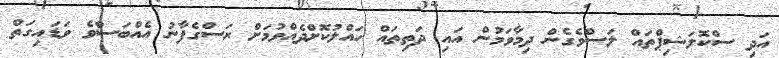
އަދި ސްކޮލަޝިޕްތައް ލަސްވެގެން ދިމާވަމުން އައި ދަތިތައް ހައްލުކޮށްދެއްވުމަށް ރަސްގެފާނު އެއްބަސްވެ ވަޑައިގަތް